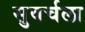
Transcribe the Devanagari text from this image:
सुवर्चला